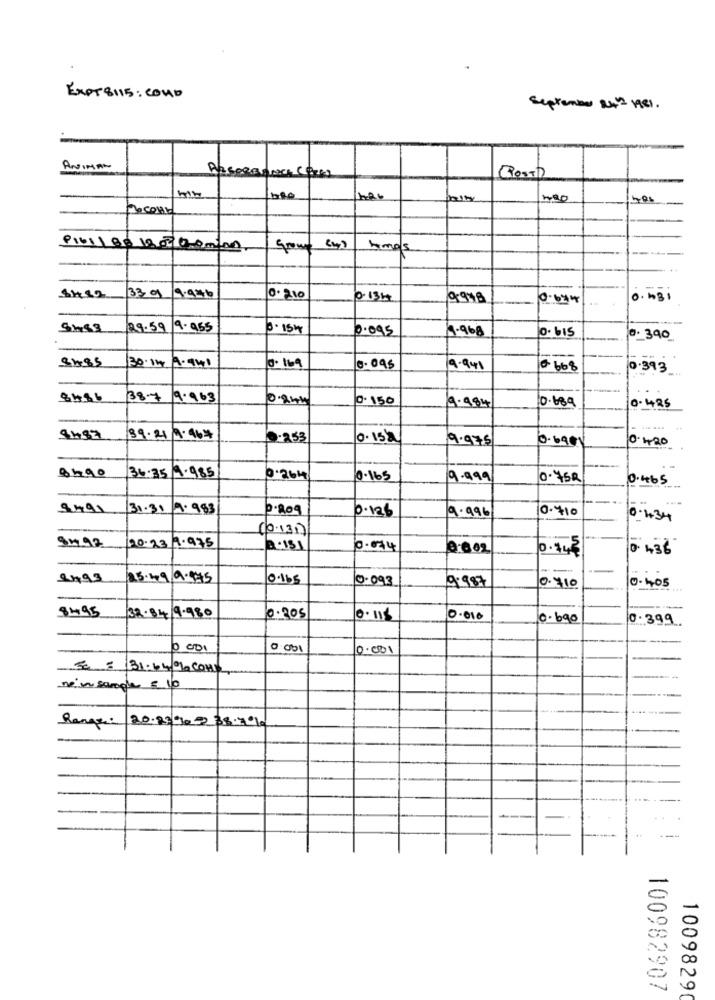
EXOT8115: couD
September 242 1481 .
ANIMAN
Ross)
9161188 18 006-0-100
your
5mos
33.0 9.996
0. 210
0.13H
9948
0-634
0. 431
29.59 /9.955
0.095
1.968
O. bIS
0. 390
--
30.14 A.941
0. 169
19.941
0668
0.393
8466
38.7 9.963
0. 150
9.984
0.689
0.425
39.21 9.964
9.253
0.15/2
9.975
0.420
36:35 9.985
0.264
0.165
9.999
0. 75R
0.465
9491
31.31/9.983
P.209
0.126
9.996
0-710
0.1+34
(0.131)
91.92
20.23 9.975
0.034
0.602
0.44€
0. 436
2493
25.49.9.975
0.165
0.093
9.987
0.710
0-405
8495
32.84/9.980
0.305
0.010
0.690
0.399.
0.001
5 = 131.66/10 CONS
ne'n sangle = 10
Range:
20.23900 38.7%
100982907
1009829